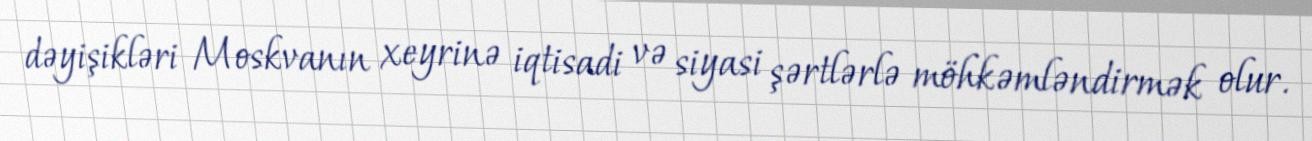
dəyişikləri Moskvanın xeyrinə iqtisadi və siyasi şərtlərlə möhkəmləndirmək olur.